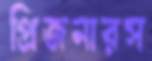
প্রিজনারস